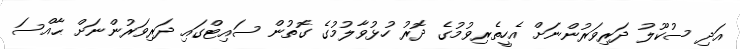
އަދި ސުކޫލު ދަރިވަރުންނަށް އެހީތެރިވުމުގެ ދޮރު ހުޅުވާލުމުގެ ގޮތުން ސައިޓްގައި ދަރިވަރުންނަށް ޙާއްސަ